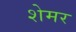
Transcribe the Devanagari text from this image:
शेमर